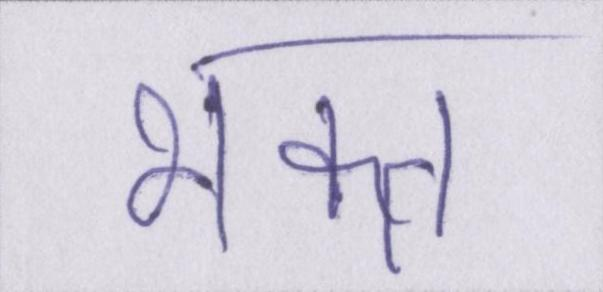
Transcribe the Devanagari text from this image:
भक्त